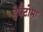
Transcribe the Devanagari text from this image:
हेपैटोमा